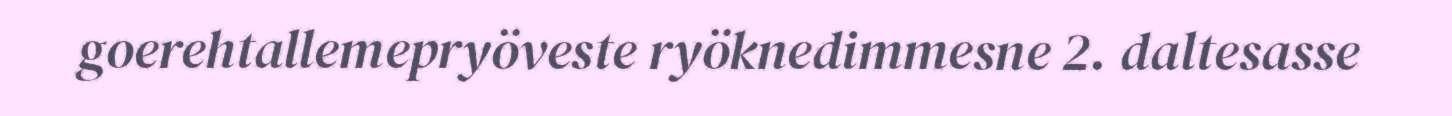
goerehtallemepryöveste ryöknedimmesne 2. daltesasse